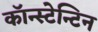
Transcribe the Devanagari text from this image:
कॉन्स्टेन्टिन